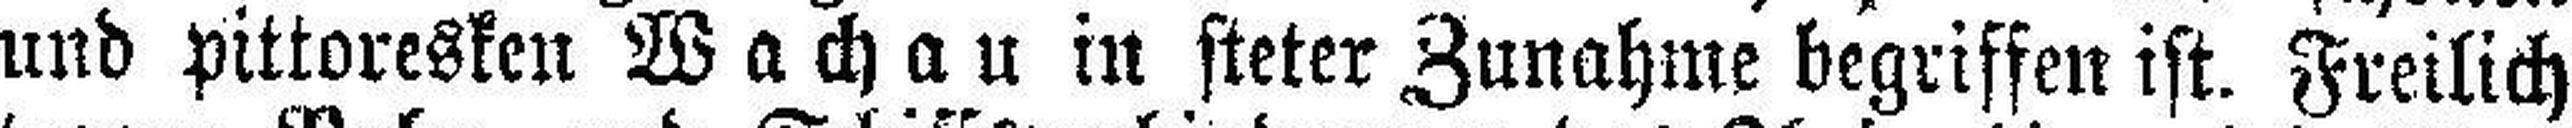
und pittoresken Wachau in steter Zunahme begriffen ist. Freilich